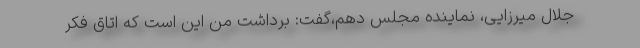
جلال میرزایی، نماینده مجلس دهم،گفت: برداشت من این است که اتاق فکر